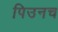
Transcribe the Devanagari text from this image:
पिउनच